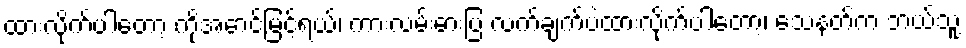
ထားလိုက်ပါတော့ ကိုအောင်မြင့်ရယ်၊ ကားလမ်းဓားပြ လက်ချက်ပဲထားလိုက်ပါတော့၊ သေနတ်က ဘယ်သူ့